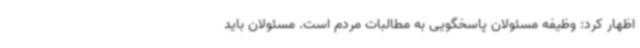
اظهار کرد: وظیفه مسئولان پاسخگویی به مطالبات مردم است. مسئولان باید